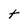
Character: t